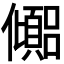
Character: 𫤉